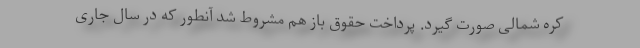
کره شمالی صورت گیرد. پرداخت حقوق باز هم مشروط شد آنطور که در سال جاری